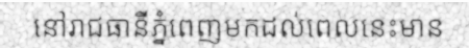
នៅរាជធានីភ្នំពេញមកដល់ពេលនេះមាន